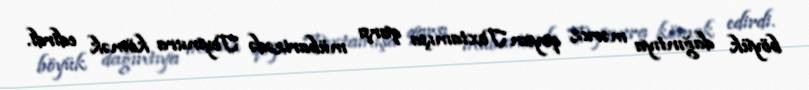
böyük dağıntıya məruz qoyan Toxtamışa qarşı mübarizədə Teymura kömək edirdi.